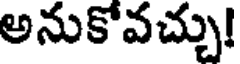
అనుకోవచ్చు!